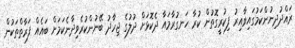
ރައްދުދިނުންކަމުގައިވާއިރު ފިކުރީގޮތުން ކުރާ ހަނގުރާމައާ ދެކޮޅަށް ދުލުގެ ޖިހާދު ބޭނުންކުރެވިދާނެކަމަށް ބައެއް ފަރާތްތަކުން